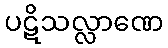
ပဋိသလ္လာဏေ